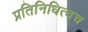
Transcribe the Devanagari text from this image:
प्रतिनिधित्वच